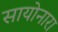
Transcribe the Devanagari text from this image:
सायोनारा